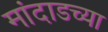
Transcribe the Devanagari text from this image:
मांदाडच्या